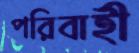
পরিবাহী